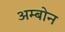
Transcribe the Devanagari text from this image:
अम्बोन